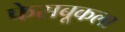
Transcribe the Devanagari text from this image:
फेसबूकला